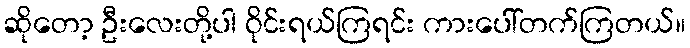
ဆိုတော့ ဦးလေးတို့ပါ ဝိုင်းရယ်ကြရင်း ကားပေါ်တက်ကြတယ်။